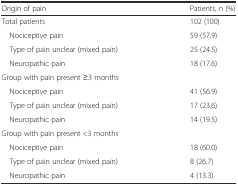
<table><thead><tr><td><b>Origin of pain</b></td><td><b>Patients, n (%)</b></td></tr></thead><tbody><tr><td>Total patients</td><td>102 (100)</td></tr><tr><td> Nociceptive pain</td><td>59 (57.9)</td></tr><tr><td> Type of pain unclear (mixed pain)</td><td>25 (24.5)</td></tr><tr><td> Neuropathic pain</td><td>18 (17.6)</td></tr><tr><td>Group with pain present ≥3 months</td><td>[EMPTY_CELL]</td></tr><tr><td> Nociceptive pain</td><td>41 (56.9)</td></tr><tr><td> Type of pain unclear (mixed pain)</td><td>17 (23.6)</td></tr><tr><td> Neuropathic pain</td><td>14 (19.5)</td></tr><tr><td>Group with pain present &lt;3 months</td><td>[EMPTY_CELL]</td></tr><tr><td> Nociceptive pain</td><td>18 (60.0)</td></tr><tr><td> Type of pain unclear (mixed pain)</td><td>8 (26.7)</td></tr><tr><td> Neuropathic pain</td><td>4 (13.3)</td></tr></tbody></table>